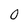
Character: 0